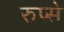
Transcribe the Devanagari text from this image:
रुप्से